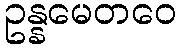
ဥန္နမေတဝေ